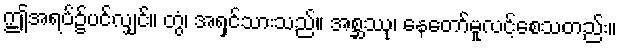
ဤအရပ်၌ပင်လျှင်။ တွံ၊ အရှင်သားသည်။ အစ္ဆဿု၊ နေတော်မူလင့်စေသတည်း။